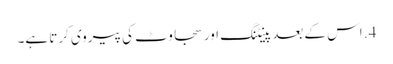
4. اس کے بعد پینٹنگ اور سجاوٹ کی پیروی کرتا ہے۔